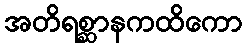
အတိရစ္ဆာနကထိကော